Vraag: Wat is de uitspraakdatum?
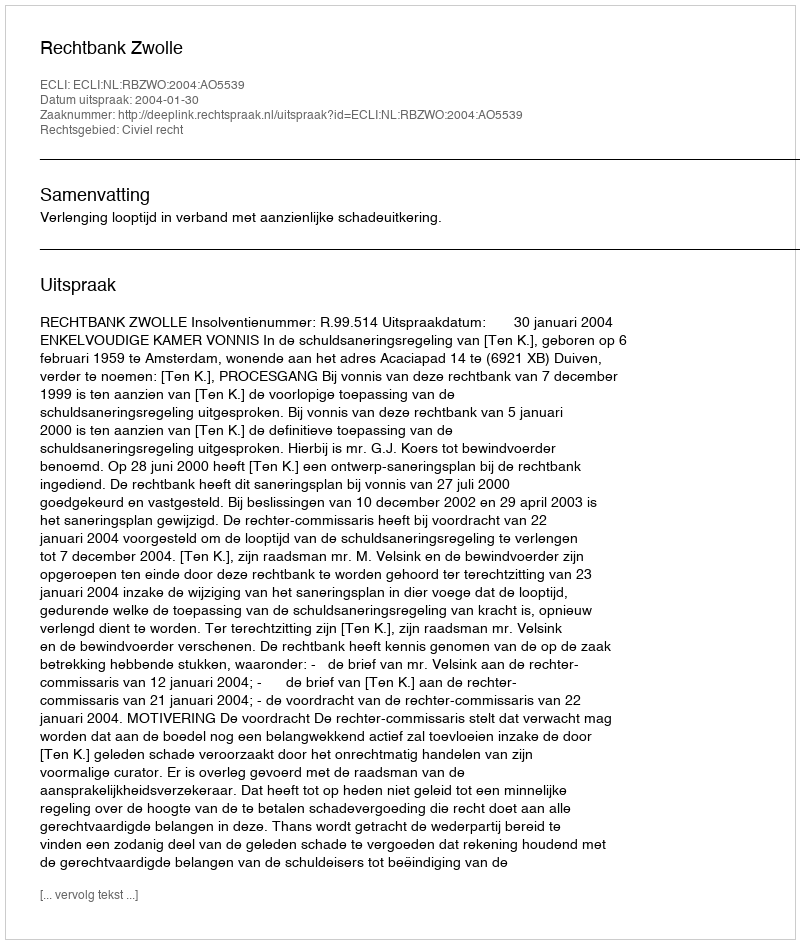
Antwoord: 2004-01-30